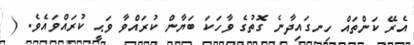
އެރޭ ކަންތައް ހިނގައިދާނެ ގޮތުގެ ވާހަކަ ބަޔާން ކުރައްވާ ވަޙީ ކުރައްވައެވެ. (